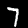
Digit: 7